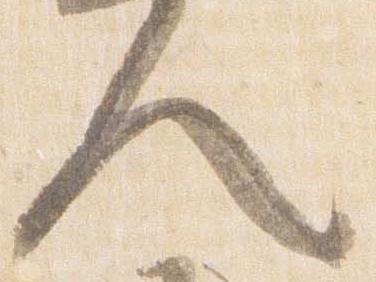
人